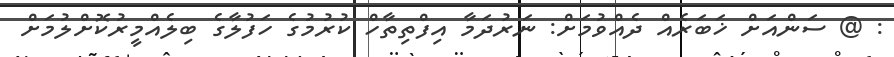
: @ ސަންއަށް ޚަބަރެއް ދެއްވުމަށް: ނަރުދަމާ އިފްތިތާހް ކުރުމުގެ ހަފުލާގެ ބިލެއްމީރުކޮށްލުމަށް